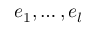
e _ { 1 } , \ldots , e _ { l }